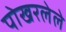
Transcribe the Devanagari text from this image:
पोखरलेले